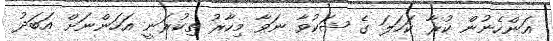
އަންހެނުން ކުރާ ކަހަލަ ގެ ޝަކުވާ ނަވާ މިހާރު ތިކުރަނީ އަހަންނަށް އަބަދު